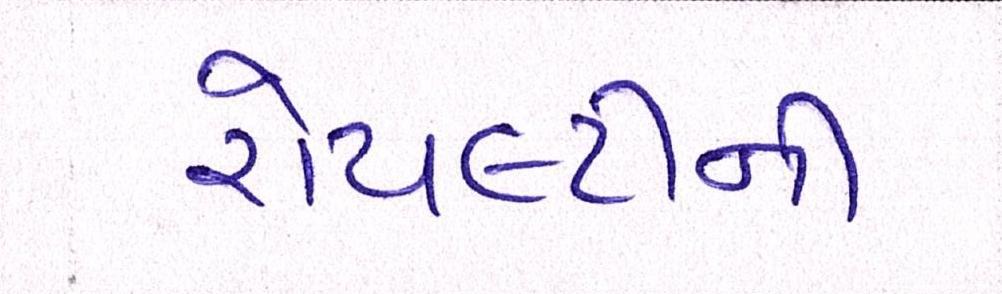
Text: રોયલ્ટીની